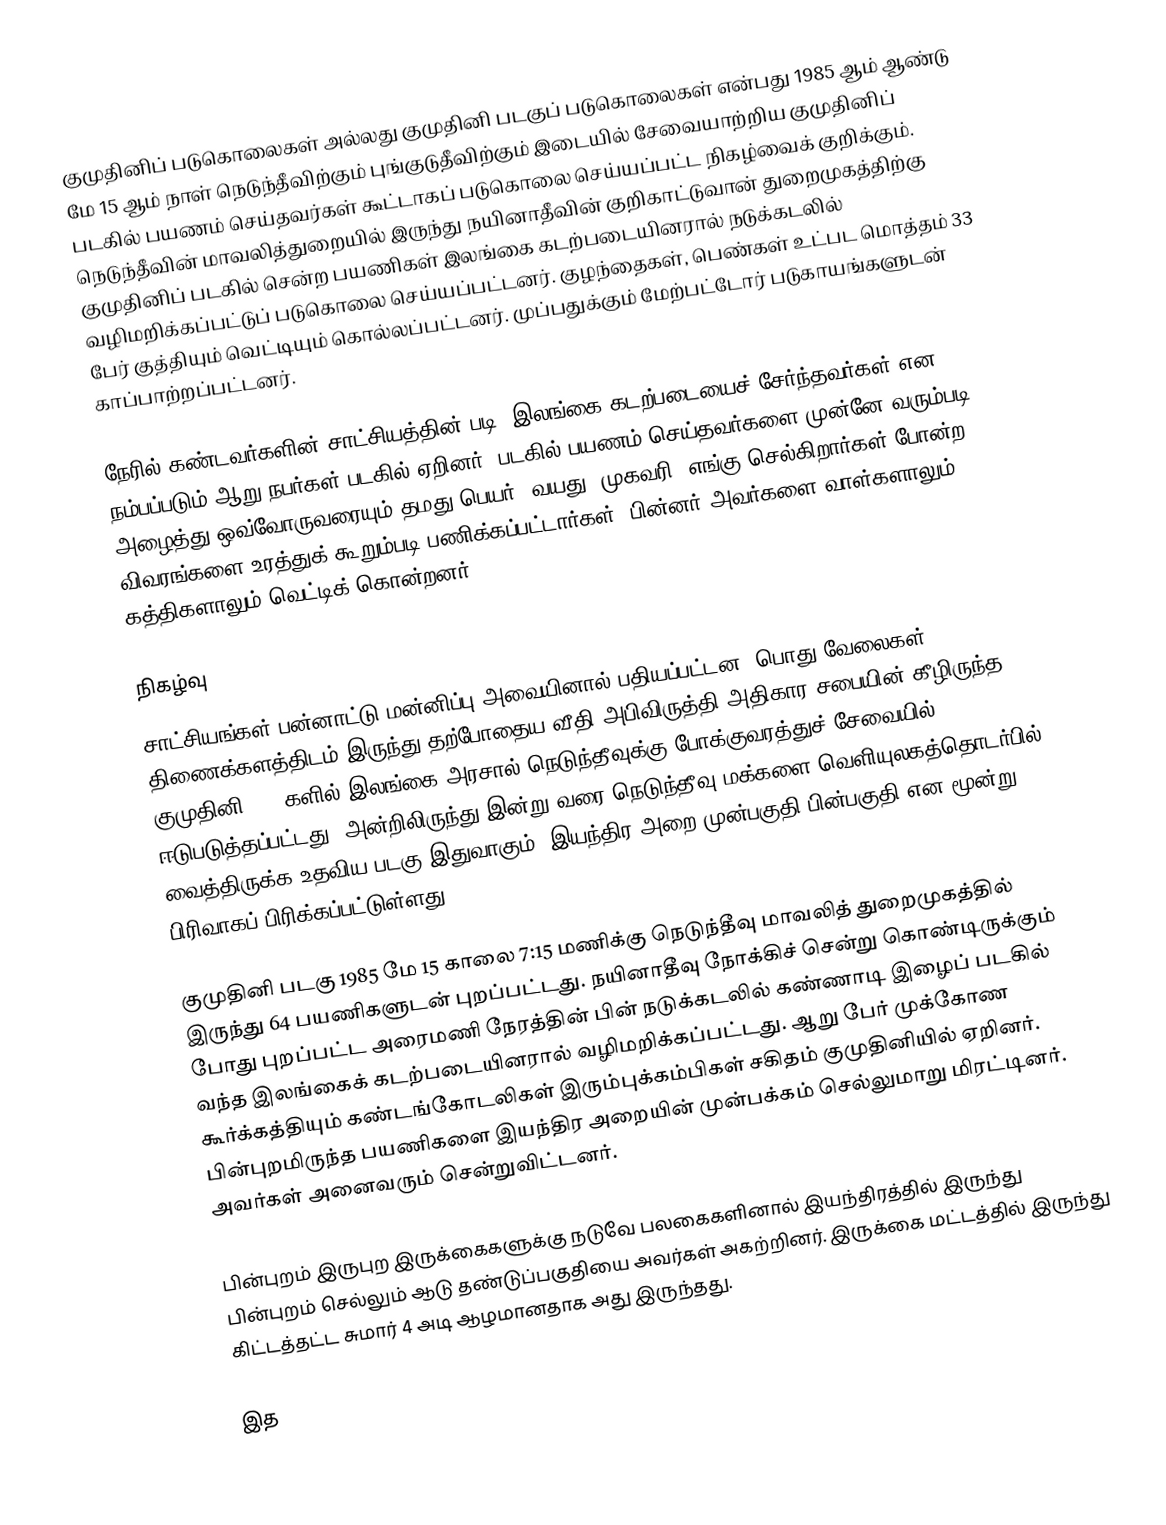
குமுதினிப் படுகொலைகள் அல்லது குமுதினி படகுப் படுகொலைகள் என்பது 1985 ஆம் ஆண்டு மே 15 ஆம் நாள் நெடுந்தீவிற்கும் புங்குடுதீவிற்கும் இடையில் சேவையாற்றிய குமுதினிப் படகில் பயணம் செய்தவர்கள் கூட்டாகப் படுகொலை செய்யப்பட்ட நிகழ்வைக் குறிக்கும். நெடுந்தீவின் மாவலித்துறையில் இருந்து நயினாதீவின் குறிகாட்டுவான் துறைமுகத்திற்கு குமுதினிப் படகில் சென்ற பயணிகள் இலங்கை கடற்படையினரால் நடுக்கடலில் வழிமறிக்கப்பட்டுப் படுகொலை செய்யப்பட்டனர். குழந்தைகள், பெண்கள் உட்பட மொத்தம் 33 பேர் குத்தியும் வெட்டியும் கொல்லப்பட்டனர். முப்பதுக்கும் மேற்பட்டோர் படுகாயங்களுடன் காப்பாற்றப்பட்டனர்.

நேரில் கண்டவர்களின் சாட்சியத்தின் படி, இலங்கை கடற்படையைச் சேர்ந்தவர்கள் என நம்பப்படும் ஆறு நபர்கள் படகில் ஏறினர். படகில் பயணம் செய்தவர்களை முன்னே வரும்படி அழைத்து ஒவ்வோருவரையும் தமது பெயர், வயது, முகவரி, எங்கு செல்கிறார்கள் போன்ற விவரங்களை உரத்துக் கூறும்படி பணிக்கப்பட்டார்கள். பின்னர் அவர்களை வாள்களாலும் கத்திகளாலும் வெட்டிக் கொன்றனர்.

நிகழ்வு
சாட்சியங்கள் பன்னாட்டு மன்னிப்பு அவையினால் பதியப்பட்டன. பொது வேலைகள் திணைக்களத்திடம் இருந்து தற்போதைய வீதி அபிவிருத்தி அதிகார சபையின் கீழிருந்த குமுதினி 1960களில் இலங்கை அரசால் நெடுந்தீவுக்கு போக்குவரத்துச் சேவையில் ஈடுபடுத்தப்பட்டது. அன்றிலிருந்து இன்று வரை நெடுந்தீவு மக்களை வெளியுலகத்தொடர்பில் வைத்திருக்க உதவிய படகு இதுவாகும். இயந்திர அறை முன்பகுதி பின்பகுதி என மூன்று பிரிவாகப் பிரிக்கப்பட்டுள்ளது.

குமுதினி படகு 1985 மே 15 காலை 7:15 மணிக்கு நெடுந்தீவு மாவலித் துறைமுகத்தில் இருந்து 64 பயணிகளுடன் புறப்பட்டது. நயினாதீவு நோக்கிச் சென்று கொண்டிருக்கும் போது புறப்பட்ட அரைமணி நேரத்தின் பின் நடுக்கடலில் கண்ணாடி இழைப் படகில் வந்த இலங்கைக் கடற்படையினரால் வழிமறிக்கப்பட்டது. ஆறு பேர் முக்கோண கூர்க்கத்தியும் கண்டங்கோடலிகள் இரும்புக்கம்பிகள் சகிதம் குமுதினியில் ஏறினர். பின்புறமிருந்த பயணிகளை இயந்திர அறையின் முன்பக்கம் செல்லுமாறு மிரட்டினர். அவர்கள் அனைவரும் சென்றுவிட்டனர்.

பின்புறம் இருபுற இருக்கைகளுக்கு நடுவே பலகைகளினால் இயந்திரத்தில் இருந்து பின்புறம் செல்லும் ஆடு தண்டுப்பகுதியை அவர்கள் அகற்றினர். இருக்கை மட்டத்தில் இருந்து கிட்டத்தட்ட சுமார் 4 அடி ஆழமானதாக அது இருந்தது.

இத